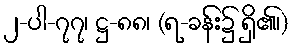
၂-ပါ-၇၇၊ ဋ္ဌ-၈၈၊ (ရ-ခန်း၌ ရှိ၏၊)